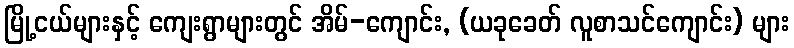
မြို့ငယ်များနှင့် ကျေးရွာများတွင် အိမ်-ကျောင်း, (ယခုခေတ် လူစာသင်ကျောင်း) များ